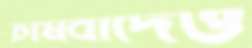
চাষবাদেও